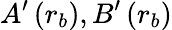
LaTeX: A^{\prime}\left(r_{b}\right),B^{\prime}\left(r_{b}\right)